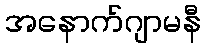
အနောက်ဂျာမနီ